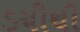
ડચીથી